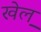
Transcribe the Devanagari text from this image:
खेल़